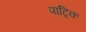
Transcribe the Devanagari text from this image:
पाट्रिक